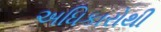
અધિકારોથી